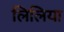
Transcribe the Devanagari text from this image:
लिलिया